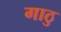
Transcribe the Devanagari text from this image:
गाठु